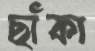
ছাঁকা